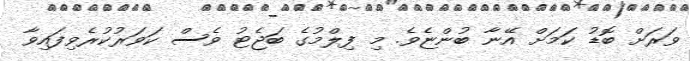
ވަރަށް ބޮޑު ކަމަށް އޭނާ ބުންޏެވެ. މި ފިލްމުގެ ބަޖެޓު ވެސް ކަވަރުކުރެވިފައިވާ